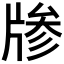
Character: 𱭞